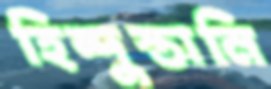
হিন্দুস্তানি